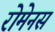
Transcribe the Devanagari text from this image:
रोमेनस